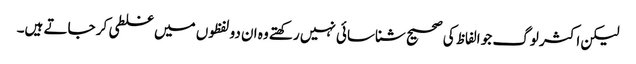
لیکن اکثر لوگ جو الفاظ کی صحیح شناسائی نہیں رکھتے وہ ان دو لفظوں میں غلطی کر جاتے ہیں۔